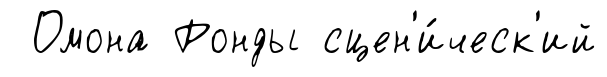
Омона Ронды сцен'и́ческ'ий